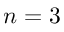
n = 3